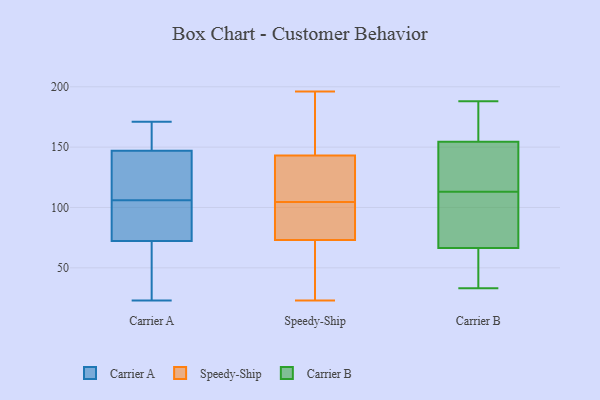
{"axis": {"x": "LTV (USD)", "y": "Value"}, "legend": ["Carrier A", "Carrier B", "Speedy-Ship"], "data": [{"x": "", "y": 164, "type": "Carrier A"}, {"x": "", "y": 66, "type": "Carrier A"}, {"x": "", "y": 23, "type": "Carrier A"}, {"x": "", "y": 79, "type": "Carrier A"}, {"x": "", "y": 103, "type": "Carrier A"}, {"x": "", "y": 150, "type": "Carrier A"}, {"x": "", "y": 149, "type": "Carrier A"}, {"x": "", "y": 70, "type": "Carrier A"}, {"x": "", "y": 53, "type": "Carrier A"}, {"x": "", "y": 171, "type": "Carrier A"}, {"x": "", "y": 102, "type": "Carrier A"}, {"x": "", "y": 133, "type": "Carrier A"}, {"x": "", "y": 121, "type": "Carrier A"}, {"x": "", "y": 141, "type": "Carrier A"}, {"x": "", "y": 106, "type": "Carrier A"}, {"x": "", "y": 117, "type": "Speedy-Ship"}, {"x": "", "y": 105, "type": "Speedy-Ship"}, {"x": "", "y": 82, "type": "Speedy-Ship"}, {"x": "", "y": 71, "type": "Speedy-Ship"}, {"x": "", "y": 23, "type": "Speedy-Ship"}, {"x": "", "y": 147, "type": "Speedy-Ship"}, {"x": "", "y": 177, "type": "Speedy-Ship"}, {"x": "", "y": 73, "type": "Speedy-Ship"}, {"x": "", "y": 193, "type": "Speedy-Ship"}, {"x": "", "y": 36, "type": "Speedy-Ship"}, {"x": "", "y": 123, "type": "Speedy-Ship"}, {"x": "", "y": 77, "type": "Speedy-Ship"}, {"x": "", "y": 143, "type": "Speedy-Ship"}, {"x": "", "y": 196, "type": "Speedy-Ship"}, {"x": "", "y": 104, "type": "Speedy-Ship"}, {"x": "", "y": 115, "type": "Speedy-Ship"}, {"x": "", "y": 101, "type": "Speedy-Ship"}, {"x": "", "y": 39, "type": "Speedy-Ship"}, {"x": "", "y": 165, "type": "Carrier B"}, {"x": "", "y": 77, "type": "Carrier B"}, {"x": "", "y": 188, "type": "Carrier B"}, {"x": "", "y": 158, "type": "Carrier B"}, {"x": "", "y": 34, "type": "Carrier B"}, {"x": "", "y": 33, "type": "Carrier B"}, {"x": "", "y": 113, "type": "Carrier B"}, {"x": "", "y": 178, "type": "Carrier B"}, {"x": "", "y": 63, "type": "Carrier B"}, {"x": "", "y": 113, "type": "Carrier B"}, {"x": "", "y": 60, "type": "Carrier B"}, {"x": "", "y": 138, "type": "Carrier B"}, {"x": "", "y": 144, "type": "Carrier B"}, {"x": "", "y": 105, "type": "Carrier B"}, {"x": "", "y": 80, "type": "Carrier B"}]}